Insane asylums in Bengal annual reports 1876-1887 - 1876-1887
Year: 1876
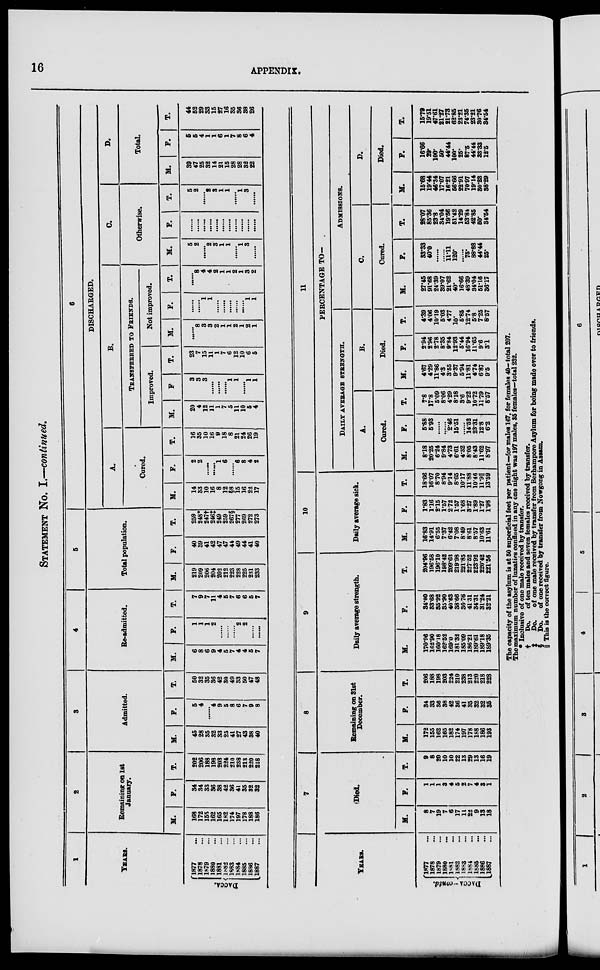
16
APPENDIX.
STATEMENT No. I.—continued.
1
YEARS.
DACCA.
1877 ...
1878 ...
1879 ...
1880 ...
1881 ...
1882 ...
1883 ...
1884 ...
1885 ...
1886 ...
1887 ...
2
Remaining on 1st
January.
M.
168
172
155
162
165
182
174
197
178
188
186
F.
34
34
33
36
38
42
36
41
35
32
32
T.
202
206
188
198
203
224
210
238
213
220
218
3
Admitted.
M.
45
28
35
32
33
25
41
27
43
38
40
F.
5
4
......
4
9
5
8
6
7
9
8
T.
50
32
35
36
42
30
49
33
50
47
48
4
Re-admitted.
M.
6
8
6
9
4
5
7
4
4
5
7
F.
1
1
1
2
......
......
......
2
2
......
......
T.
7
9
7
11
4
5
7
6
6
5
7
5
Total population.
M.
219
209
206
204
202
212
223
228
225
231
233
F.
40
39
41
42
47
47
44
49
44
41
40
T.
259
248*
247†
246‡
249
259
267§
277
269
272
273
6
DISCHARGED.
A.
Cured.
M.
14
33
10
16
8
12
§8
15
16
22
17
F.
2
2
......
......
1
6
......
6
8
4
2
T.
16
35
10
16
9
18
8
21
24
26
19
B.
TRANSFERRED TO FRIENDS.
Improved.
M.
20
4
12
11
1
7
5
11
10
5
4
F.
3
3
3
......
......
......
1
1
......
1
1
T.
23
7
15
11
1
7
6
12
10
6
5
Not improved.
M.
......
8
3
3
2
1
1
2
1
2
1
F.
......
......
1
1
......
......
......
......
......
1
1
T.
......
8
4
4
2
1
1
2
1
3
2
C.
Otherwise.
M.
5
2
......
2
3
1
1
......
1
3
......
F.
......
......
......
......
......
......
......
......
......
......
......
T.
5
2
......
2
3
1
1
......
1
3
......
D.
Total.
M.
39
47
25
32
14
21
15
28
28
32
22
F.
5
5
4
1
1
6
1
7
8
6
4
T.
44
52
29
33
15
27
16
35
36
38
26
YEARS.
DACCA—contd.
1877 ...
1878 ...
1879 ...
1880
...
1881 ...
1882 ...
1883 ...
1884 ...
1885
...
1886 ...
1887 ...
7
Died.
M.
8
7
19
7
6
17
11
22
9
13
18
F.
1
1
1
3
4
5
2
7
4
3
1
T.
9
8
20
10
10
22
13
29
13
16
19
8
Remaining on 31st
December.
M.
172
155
162
165
182
174
197
178
188
186
193
F.
34
33
36
38
42
36
41
35
32
32
35
T.
206
188
198
203
224
210
238
213
220
218
228
9
Daily average strength.
M.
170.96
162.90
160.18
162.52
169.0
181.32
185.09
186.21
189.61
189.18
189.35
F .
34.00
33.68
35.92
35.90
40.63
38.66
36.76
41.31
34.31
31.24
32.21
T.
204.96
196.58
196.10
198.42
209.63
219.98
221.85
227.52
223.92
220.42
221.56
10
Daily average sick.
M.
16.83
14.91
6.55
7.37
6.42
7.08
8.49
8.61
8.57
10.63
11.61
F.
1.83
1.16
2.15
1.57
2.72
1.57
1.68
3.27
1.89
1.27
1.98
T.
18.66
16.07
8.70
8.94
9.14
8.65
10.17
11.88
10.46
11.9||
13.59
11
PERCENTAGE TO—
DAILY AVERAGE STRENGTH.
A.
Cured.
M.
8.18
20.25
6.24
9.84
4.73
6.61
4.32
8.05
8.43
11.62
8.97
F.
5.88
5.93
.......
......
2.46
15.51
......
14.52
23.31
12.8
6.2
T.
7.8
17.8
5.09
8.06
4.29
8.18
3.6
9.22
10.72
11.79
8.57
B.
Died.
M.
4.67
4.29
11.86
4.3
3.55
9.37
5.94
11.81
4.74
6.87
9.5
F.
2.94
2.96
2.78
8.35
9.84
12.93
5.44
16.94
11.65
9.6
3.1
T.
4.39
4.08
10.19
5.03
4.77
10.
5.85
12.74
5.8
7.25
8.57
ADMISSIONS.
C.
Cured.
M.
27.45
91.68
24.39
39.07
21.62
40.
16.66
48.39
34.04
51.16
36.17
F.
33.33
40.0
......
......
11.11
120.
......
75.
88.88
44.44
25.
T.
28.07
85.36
23.8
34.04
19.56
51.42
14.29
53.84
42.85
50.
34.54
D.
Died.
M.
15.68
19.44
46.34
17.07
16.21
56.66
22.91
70.97
19.14
30.23
38.29
F.
16.66
29.
100.
50.
44.44
100.
25.
87.5
44.44
33.33
12.5
T .
15.79
19.51
47.61
21.27
21.73
62.85
23.21
74.35
23.21
30.76
34.54
The capacity of the asylum is at 50 superficial feet per patient—for males 167, for females 40— total 207.
The maximum number of lunatics confined in any one night was 197 males, 35 females—total 232.
* Inclusive of one male received by transfer.
†
Do. of ten males and seven females received by transfer.
‡
Do.
of one male received by transfer from Berhampore Asylum for being made over to friends.
§
Do.
of one received by transfer from Nowgong in Assam.
|| This is the correct figure.